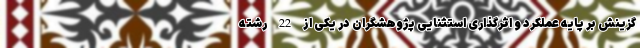
گزینش بر پایه عملکرد و اثرگذاری استثنایی پژوهشگران در یکی از 22 رشته